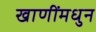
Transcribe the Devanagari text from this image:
खाणींमधुन